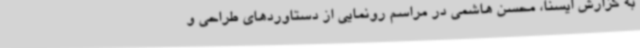
به گزارش ایسنا، محسن هاشمی در مراسم رونمایی از دستاوردهای طراحی و